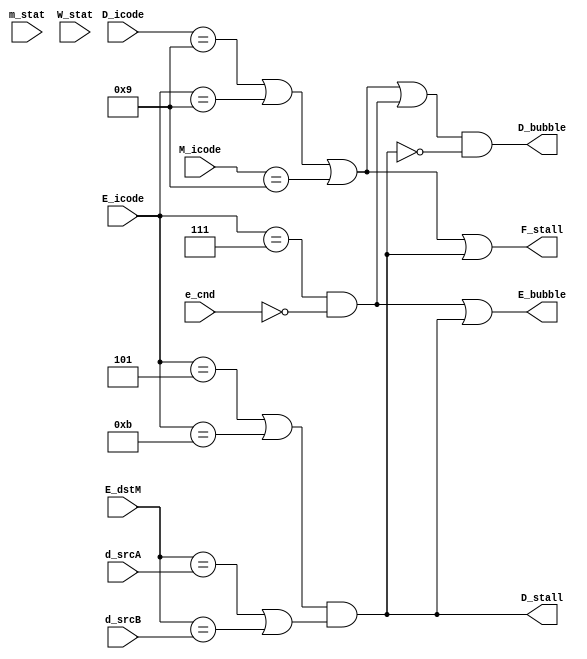
module pipectrl(d_srcA, d_srcB, D_icode, E_dstM, E_icode, e_cnd, M_icode, m_stat, W_stat, F_stall, D_bubble, D_stall, E_bubble);

    input e_cnd;
    input [3:0] d_srcA, d_srcB, D_icode, E_dstM, E_icode, M_icode, m_stat, W_stat; 
    output reg F_stall, D_bubble, D_stall, E_bubble;
    reg luhaz, inret, misbranch;
    initial begin
        F_stall = 0;
        D_bubble = 0;
        D_stall = 0;
        E_bubble = 0;

    end

    always @(e_cnd, d_srcA, d_srcB, D_icode, E_dstM, E_icode, M_icode, m_stat, W_stat) begin

        luhaz = (E_icode == 5 || E_icode == 11) && (E_dstM == d_srcA || E_dstM == d_srcB);
        inret = (D_icode == 9 || E_icode == 9 || M_icode == 9);
        misbranch = (E_icode == 7 && e_cnd == 0);
        
        F_stall = (inret || luhaz);
        D_bubble = ((inret || misbranch) && ~luhaz);
        D_stall = luhaz;
        E_bubble = (misbranch || luhaz);

    end

endmodule